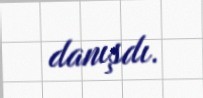
danışdı.